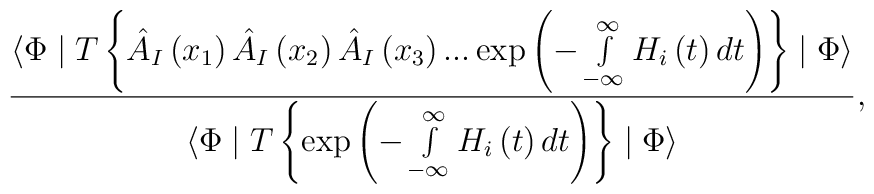
\frac{\langle \Phi \mid T\left\{ \hat{A}_I\left(x_1\right)\hat{A}_I\left(x_2\right) \hat{A}_I\left(x_3\right)...\exp \left(-\int\limits_{-\infty }^\infty H_i\left(t\right) dt\right)\right\} \mid \Phi \rangle }{\langle \Phi \mid T\left\{ \exp\left(-\int\limits_{-\infty }^\infty H_i\left(t\right) dt\right)\right\} \mid \Phi \rangle },